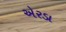
એરડા